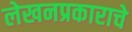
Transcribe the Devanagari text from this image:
लेखनप्रकाराचे